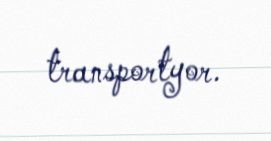
transportyor.